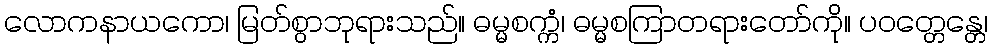
လောကနာယကော၊ မြတ်စွာဘုရားသည်။ ဓမ္မစက္ကံ၊ ဓမ္မစကြာတရားတော်ကို။ ပဝတ္တေန္တေ၊